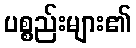
ပစ္စည်းများ၏